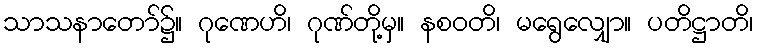
သာသနာတော်၌။ ဂုဏေဟိ၊ ဂုဏ်တို့မှ။ နစဝတိ၊ မရွေလျှော။ ပတိဋ္ဌာတိ၊